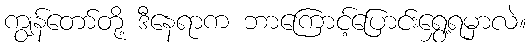
ကျွန်တော်တို့ ဒီနေရာက ဘာကြောင့်ပြောင်းရွှေ့ရမှာလဲ။